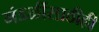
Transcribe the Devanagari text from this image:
मंडळींसाठीही